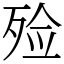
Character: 殓